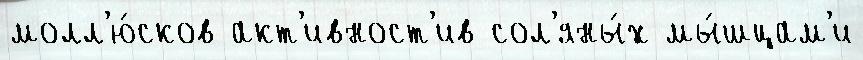
молл'ю́сков акт'ивност'ив сол'яны́х мы́шцам'и